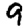
Digit: 9